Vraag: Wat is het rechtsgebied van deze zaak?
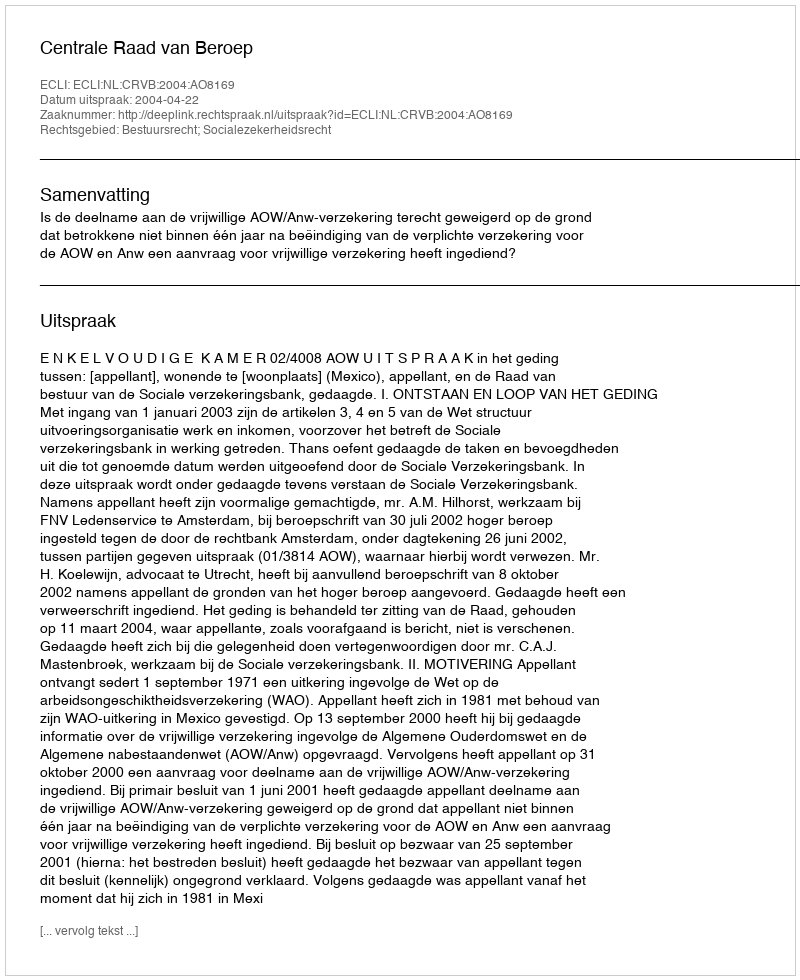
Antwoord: Bestuursrecht; Socialezekerheidsrecht